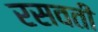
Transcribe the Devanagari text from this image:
रसवती